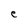
Character: e